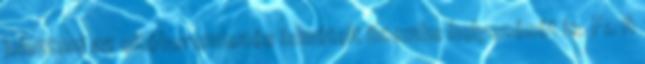
jelenteni az oltóberendezés ismételt üzembe helyezését is. F1. A